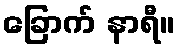
ခြောက် နာရီ။